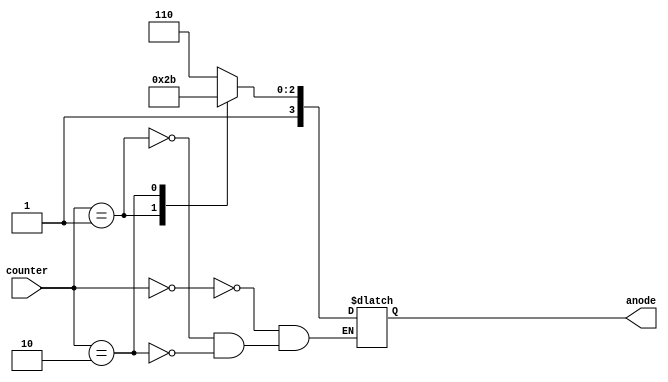
`timescale 1ns / 1ps
//////////////////////////////////////////////////////////////////////////////////
// Company: 
// Engineer: 
// 
// Design Name: 
// Module Name: anode_control
// Project Name: 
// Target Devices: 
// Tool Versions: 
// Description: 
// 
// Dependencies: 
// 
// Revision:
// Revision 0.01 - File Created
// Additional Comments:
// 
//////////////////////////////////////////////////////////////////////////////////


module anode_control(input [1:0] counter, output reg [3:0] anode);
    always @ (counter) begin
        case (counter) 
            0: 
                anode = 4'b1110;
            1: 
                anode = 4'b1101;
            2: 
                anode = 4'b1011;
//            3: 
//                anode = 4'b0111;
        endcase
    end
endmodule